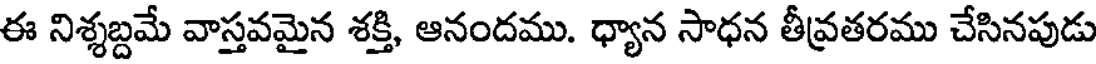
ఈ నిశ్శబ్దమే వాస్తవమైన శక్తి, ఆనందము. ధ్యాన సాధన తీవ్రతరము చేసినపుడు